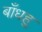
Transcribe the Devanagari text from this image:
बाँधहु